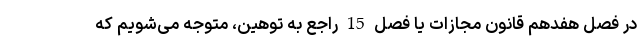
در فصل هفدهم قانون مجازات یا فصل 15 راجع به توهین، متوجه می‌شویم که